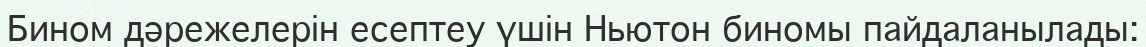
Бином дәрежелерін есептеу үшін Ньютон биномы пайдаланылады: